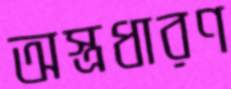
অস্ত্রধারণ